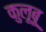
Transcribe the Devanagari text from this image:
कुलूबू